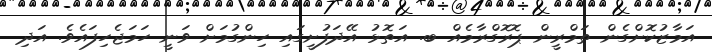
އަމާޒުކޮށްގެން ތަމްރީން ޕޮރޮގްރާމެއް ބ. އަތޮޅު އޭދަފުށީގައި ހިންގުމަށް ވަނީ ހަމަޖެހިފައެވެ. އަދި